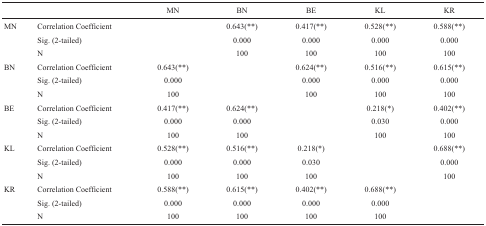
<table><thead><tr><td></td><td></td><td><b>MN</b></td><td><b>BN</b></td><td><b>BE</b></td><td><b>KL</b></td><td><b>KR</b></td></tr></thead><tbody><tr><td> MN</td><td>Correlation Coefficient</td><td></td><td>0.643(**)</td><td>0.417(**)</td><td>0.528(**)</td><td>0.588(**)</td></tr><tr><td></td><td>Sig. (2-tailed)</td><td></td><td>0.000</td><td>0.000</td><td>0.000</td><td>0.000</td></tr><tr><td></td><td>N</td><td></td><td>100</td><td>100</td><td>100</td><td>100</td></tr><tr><td>BN</td><td>Correlation Coefficient</td><td>0.643(**)</td><td></td><td>0.624(**)</td><td>0.516(**)</td><td>0.615(**)</td></tr><tr><td></td><td>Sig. (2-tailed)</td><td>0.000</td><td></td><td>0.000</td><td>0.000</td><td>0.000</td></tr><tr><td></td><td>N</td><td>100</td><td></td><td>100</td><td>100</td><td>100</td></tr><tr><td>BE</td><td>Correlation Coefficient</td><td>0.417(**)</td><td>0.624(**)</td><td></td><td>0.218(*)</td><td>0.402(**)</td></tr><tr><td></td><td>Sig. (2-tailed)</td><td>0.000</td><td>0.000</td><td></td><td>0.030</td><td>0.000</td></tr><tr><td></td><td>N</td><td>100</td><td>100</td><td></td><td>100</td><td>100</td></tr><tr><td>KL</td><td>Correlation Coefficient</td><td>0.528(**)</td><td>0.516(**)</td><td>0.218(*)</td><td></td><td>0.688(**)</td></tr><tr><td></td><td>Sig. (2-tailed)</td><td>0.000</td><td>0.000</td><td>0.030</td><td></td><td>0.000</td></tr><tr><td></td><td>N</td><td>100</td><td>100</td><td>100</td><td></td><td>100</td></tr><tr><td>KR</td><td>Correlation Coefficient</td><td>0.588(**)</td><td>0.615(**)</td><td>0.402(**)</td><td>0.688(**)</td><td></td></tr><tr><td></td><td>Sig. (2-tailed)</td><td>0.000</td><td>0.000</td><td>0.000</td><td>0.000</td><td></td></tr><tr><td></td><td>N</td><td>100</td><td>100</td><td>100</td><td>100</td><td></td></tr></tbody></table>